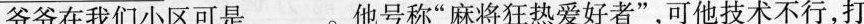
爷爷在我们小区可是___。他号称”麻将狂热爱好者”，可他技术不行，打